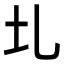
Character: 圠